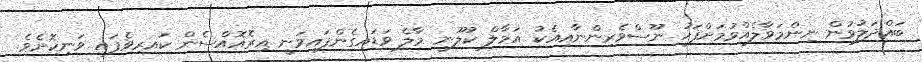
ބައްދަލުވުން ނިންމަވާލެއްވުމަށްފަހު ނޫސްވެރިންނާއިއެކު އަމާލް ކުލޫނީ މާލެ ވަޑައިގެންފައިވަނީ އިރޮއޮއްސެން ކައިރިވެފައި ވަނިކޮށެވެ.